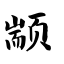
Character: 颛